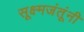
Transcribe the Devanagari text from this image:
सूक्ष्मजंतूंनी